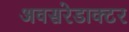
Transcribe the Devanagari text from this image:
अवसरेडाक्टर